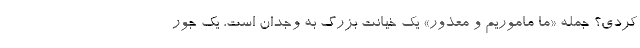
کردی؟ جمله «ما ماموریم و معذور» یک خیانت بزرگ به وجدان است، یک جور